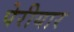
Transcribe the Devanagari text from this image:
पेरीयार